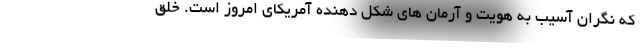
که نگران آسیب به هویت و آرمان های شکل دهنده آمریکای امروز است. خلق